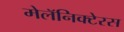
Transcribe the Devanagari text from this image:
मेलॅनिक्टेरस